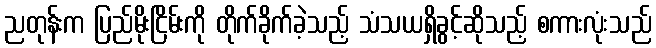
ညတုန်းက ပြည်မိုးငြိမ်းကို တိုက်ခိုက်ခဲ့သည့် သံသယရှိခွင့်ဆိုသည့် စကားလုံးသည်